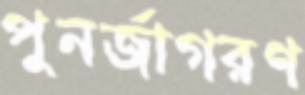
পুনর্জাগরণ